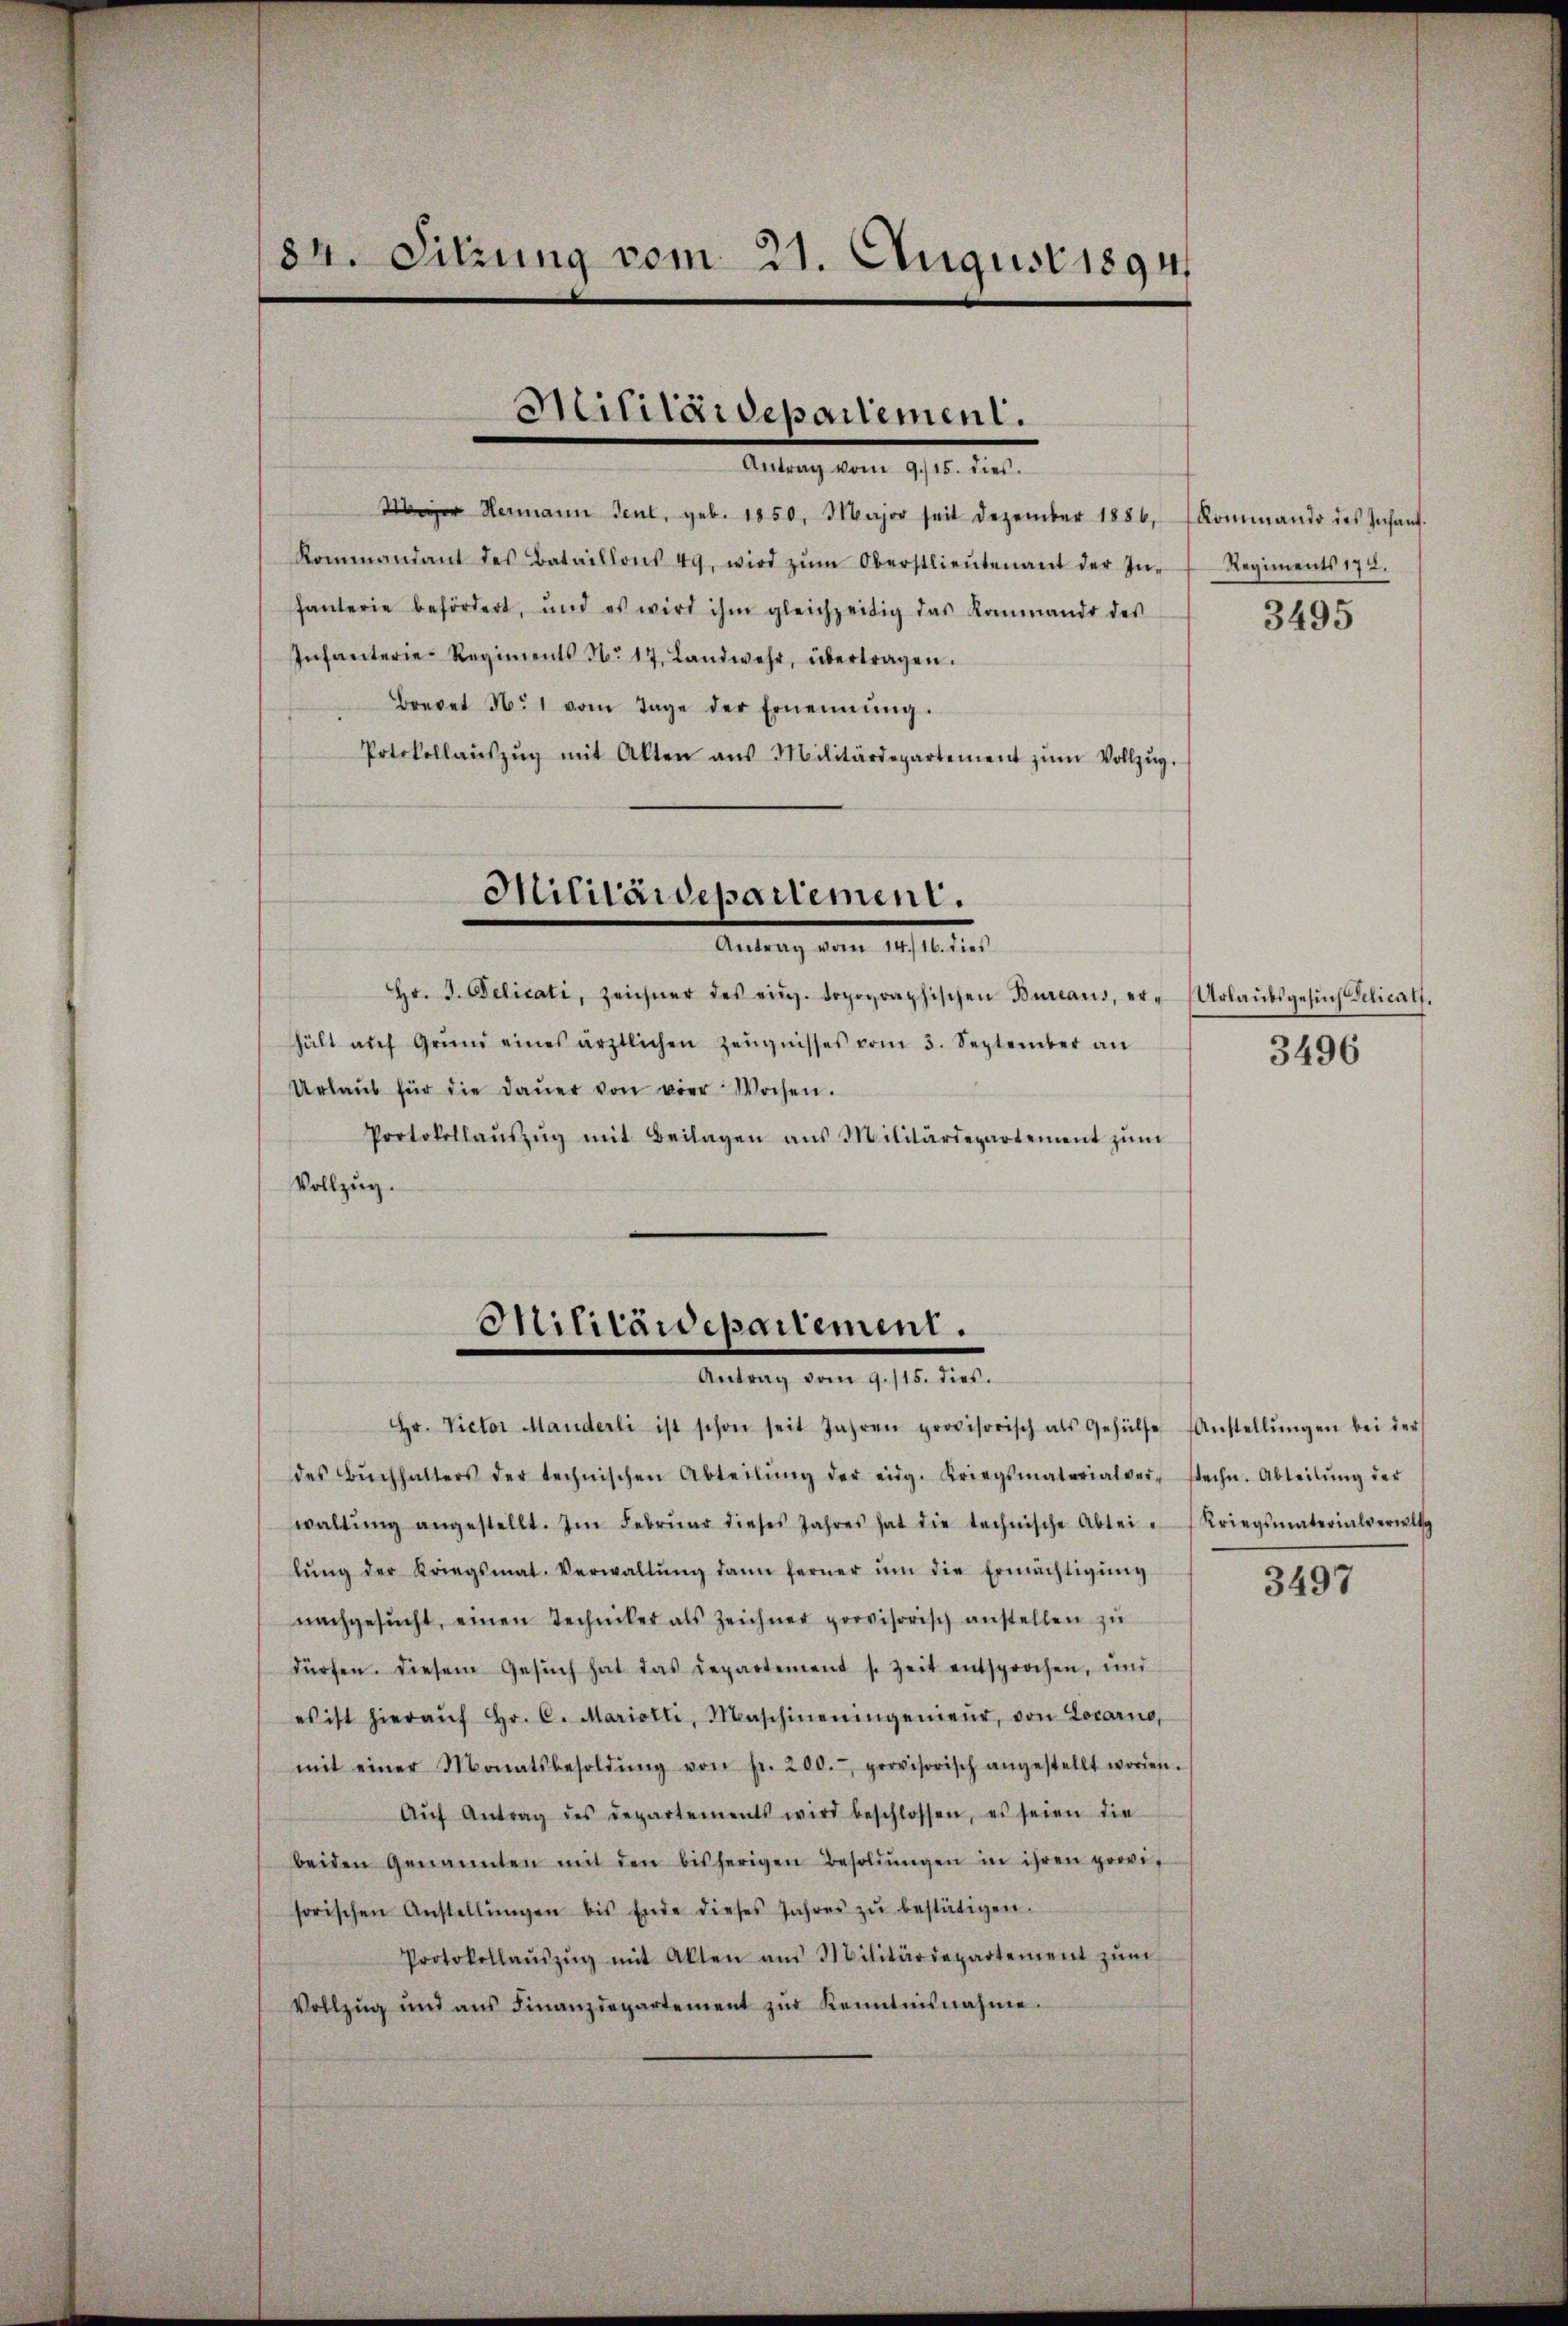
84. Sitzung vom 21. August 1894

Militärdepartement.
Antrag vom 9./15. dies

Meier Hermann Jeul, geb. 1850. Major seit Dezember 1886, Kommando des Infant.
Kommandant des Bataillons 49, wird zŭm Oberstlieutenant der In- Regiments 172.
fanterie befördert, und es wird ihm gleichzeitig das Kommando des
Infanterie-Regiments No 17. Landwehr, übertragen.
Brevet N. 1 vom Tage der Ernennung.
Potokollaŭszŭg mit Alten aus Militärdepartement zŭm Vollzŭg.

Militärdepartement.
Antrag vom 10. 10.

Hr. J. Delicati, zeichner des eidg. topographischen Bureaus, er- (Urlaubsgesŭch Gelicats.
hält aŭf Grund eines ärztlichen Zeŭgnisses vom 3. September an
Urlaŭb für die Daŭer von vier Wochen.
Protokollaŭszŭg mit Beilagen ans Militärdepartement zŭm
Vollzug.

Militärdepartement.
Antrag vom 9. 115. dies.

Hr. Victor Manderli ist schon seit Jahren provisorisch als Gehülfe Anstellŭngen bei der

3495

des Bŭchhalters der technischen Abteilŭng der eidg. Kriegsmaterialver- stechn. Abteilŭng der
waltŭng angestellt. Im Febrŭar dieses Jahres hat die technische Ablei- (Kriegsmaterialverwit
lŭng der Kriegsmat. Verwaltŭng dann ferner ŭm die Ermächtigŭng
nachgesŭcht, einen Techniker als Zeichner provisorisch anstellen zŭ
dürfen. Diesem Gesŭch hat das Repartement s. Zeit entsprochen, und
es ist hieraŭf hr. C. Mariotti, Maschineningenieŭr von Locarno,
mit einer Monatsbesoldŭng von fr. 200.- provisorisch angestellt worden.
Aŭf Antrag des Departements wird beschlossen, es seien die
beiden Genannten mit den bisherigen Besoldŭngen in ihren provi-
sorischen Anstellŭngen bis Ende dieses Jahres zŭ bestätigen.
Protokollaŭszŭg mit Akten aus Militärdepartement zŭm
Vollzŭg und aŭs Finanzdepartement zŭr Kenntnisnahme.

3496

3497